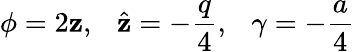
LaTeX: \phi=2\mathbf{z},~~~\hat{{\mathbf{z}}}=-\frac{{q}}{{4}},~~~\gamma=-\frac{{a}}{{4}}